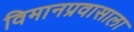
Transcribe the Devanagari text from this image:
विमानप्रवासाला